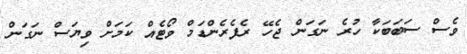
ވެސް ސަބަބަކާ ހުރެ ނަގަން ޖެހޭ ރެފެރެންޑަމް ވޯޓެއް ކަމަށް ވިޔަސް ނަގަން